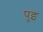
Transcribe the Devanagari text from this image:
पुइ